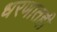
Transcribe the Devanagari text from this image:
धरणातही